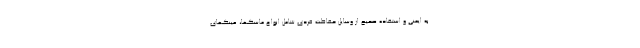
به ایمنی و استفاده صحیح از وسایل حفاظت فردی شامل انواع ماسکها، عینکهای